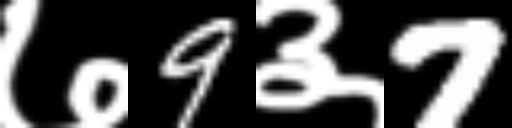
Text: ७9३7